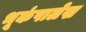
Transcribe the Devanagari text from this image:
भूकंपालेख